Annual report of the Madras Medical College
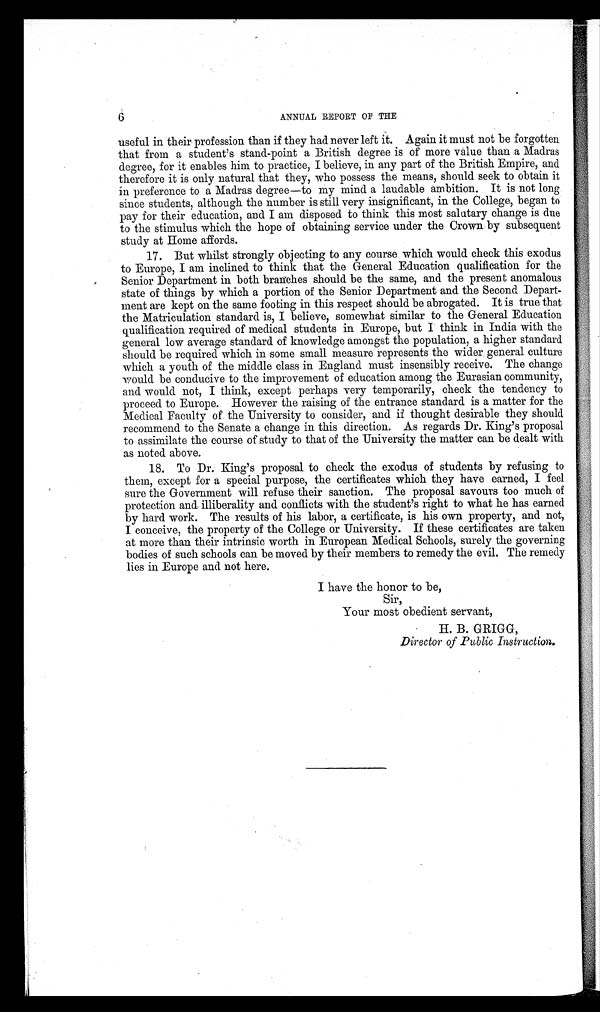
6
ANNUAL REPORT OF THE
useful in their profession than if they had never left it. Again it must not be forgotten.
that from a student's stand-point a British degree is of more value than a Madras
degree, for it enables him to practice, I believe, in any part of the British Empire, and
therefore it is only natural that they, who possess the means, should seek to obtain it
in preference to a Madras degree—to my mind a laudable ambition. It is not long
since students, although the number is still very insignificant, in the College, began to
pay for their education, and I am disposed to think this most salutary change is due
to the stimulus which the hope of obtaining service under the Crown by subsequent
study at Home affords.
17. But whilst strongly objecting to any course which would check this exodus
to Europe, I am inclined to think that the General Education qualification for the
Senior Department in both branches should be the same, and the present anomalous
state of things by which a portion of the Senior Department and the Second Depart
ment are kept on the same footing in this respect should be abrogated. It is true that
the Matriculation standard is, I believe, somewhat similar to the General Education
qualification required of medical students in Europe, but I think in India with the
general low average standard of knowledge amongst the population, a higher standard
should be required which in some small measure represents the wider general culture
which a youth of the middle class in England must insensibly receive. The change
would be conducive to the improvement of education among the Eurasian community,
and would not, I think, except perhaps very temporarily, check the tendency to
proceed to Europe. However the raising of the entrance standard is a matter for the
Medical Faculty of. the University to consider, and if thought desirable they should
recommend to the Senate a change in this direction. As regards Dr. King's proposal
to assimilate the course of study to that of the University the matter can be dealt with
as noted above.
18. To Dr. King's proposal to check the exodus of students by refusing to
them, except for a special purpose, the certificates which they have earned, I feel
sure the Government will refuse their sanction. The proposal savours too much of
protection and. illiberality and conflicts with the student's right to what he has earned
by hard work. The results of his labor, a certificate, is his own property, and not,
I conceive, the property of the College or University. If these certificates are taken
at more than their intrinsic worth in European Medical Schools, surely the governing
bodies of such schools can be moved by their members to remedy the evil. The remedy
lies in Europe and not here.
I have the honor to be,
Sir,
Your most obedient servant.
H. B. GRIGG,
Director of Public Instruction.